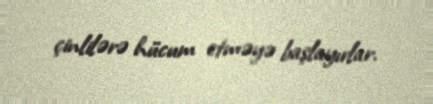
çinlilərə hücum etməyə başlayırlar.